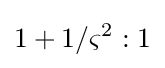
1+1/\varsigma ^{2}:1